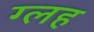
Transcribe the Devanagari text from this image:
ग्लह